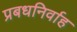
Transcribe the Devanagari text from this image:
प्रबधनिर्वाह